Annual administration report of the Civil Veterinary Department of India - 1892-1893
Year: 1892
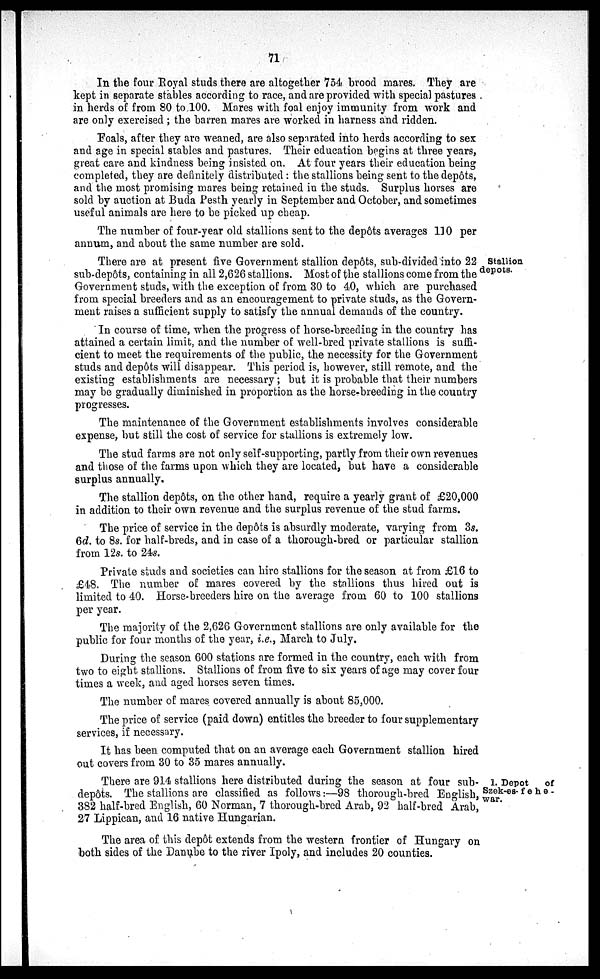
71
In the four Royal studs there are altogether 754 brood mares. They are
kept in separate stables according to race, and are provided with special pastures
in herds of from 80 to 100. Mares with foal enjoy immunity from work and
are only exercised; the barren mares are worked in harness and ridden.
Foals, after they are weaned, are also separated into herds according to sex
and age in special stables and pastures. Their education begins at three years,
great care and kindness being insisted on. At four years their education being
completed, they are definitely distributed: the stallions being sent to the depôts,
and the most promising mares being retained in the studs. Surplus horses are
sold by auction at Buda Pesth yearly in September and October, and sometimes
useful animals are here to be picked up cheap.
The number of four-year old stallions sent to the depôts averages 110 per
annum, and about the same number are sold.
Stallion
depots.
There are at present five Government stallion depôts, sub-divided into 22
sub-depôts, containing in all 2,626 stallions. Most of the stallions come from the
Government studs, with the exception of from 30 to 40, which are purchased
from special breeders and as an encouragement to private studs, as the Govern-
ment raises a sufficient supply to satisfy the annual demands of the country.
In course of time, when the progress of horse-breeding in the country has
attained a certain limit, and the number of well-bred private stallions is suffi-
cient to meet the requirements of the public, the necessity for the Government
studs and depôts will disappear. This period is, however, still remote, and the
existing establishments are necessary; but it is probable that their numbers
may be gradually diminished in proportion as the horse-breeding in the country
progresses.
The maintenance of the Government establishments involves considerable
expense, but still the cost of service for stallions is extremely low.
The stud farms are not only self-supporting, partly from their own revenues
and those of the farms upon which they are located, but have a considerable
surplus annually.
The stallion depôts, on the other hand, require a yearly grant of £20,000
in addition to their own revenue and the surplus revenue of the stud farms.
The price of service in the depôts is absurdly moderate, varying from 3s.
6d. to 8s. for half-breds, and in case of a thorough-bred or particular stallion
from 12s. to 24s.
Private studs and societies can hire stallions for the season at from £16 to
£48. The number of mares covered by the stallions thus hired out is
limited to 40. Horse-breeders hire on the average from 60 to 100 stallions
per year.
The majority of the 2,626 Government stallions are only available for the
public for four months of the year, i.e., March to July.
During the season 600 stations are formed in the country, each with from
two to eight stallions. Stallions of from five to six years of age may cover four
times a week, and aged horses seven times.
The number of mares covered annually is about 85,000.
The price of service (paid down) entitles the breeder to four supplementary
services, if necessary.
It has been computed that on an average each Government stallion hired
out covers from 30 to 35 mares annually.
1. Depot
of
Szek-es-fehe-
war.
There are 914 stallions here distributed during the season at four sub-
depôts. The stallions are classified as follows:—98 thorough-bred English,
382 half-bred English, 60 Norman, 7 thorough-bred Arab, 92 half-bred Arab,
27 Lippican, and 16 native Hungarian.
The area of this depôt extends from the western frontier of Hungary on
both sides of the Danube to the river Ipoly, and includes 20 counties.